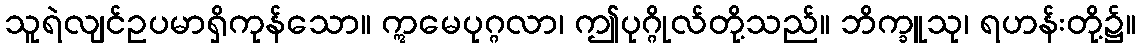
သူရဲလျင်ဥပမာရှိကုန်သော။ ဣမေပုဂ္ဂလာ၊ ဤပုဂ္ဂိုလ်တို့သည်။ ဘိက္ခူသု၊ ရဟန်းတို့၌။